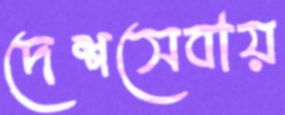
দেশসেবায়